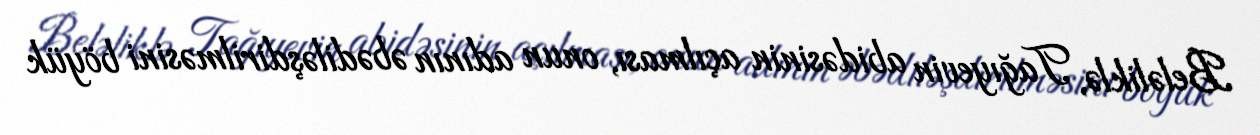
Beləliklə, Tağıyevin abidəsinin açılması, onun adının əbədiləşdirilməsini böyük